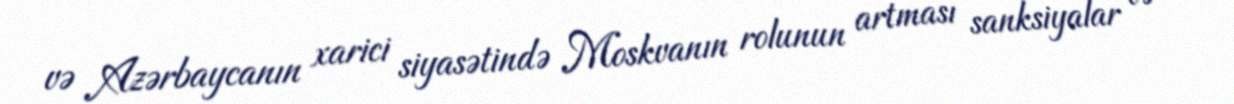
və Azərbaycanın xarici siyasətində Moskvanın rolunun artması sanksiyalar və